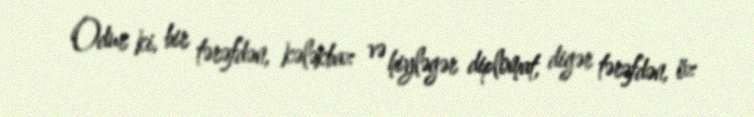
Odur ki, bir tərəfdən, kələkbaz və hiyləgər diplomat, digər tərəfdən, öz